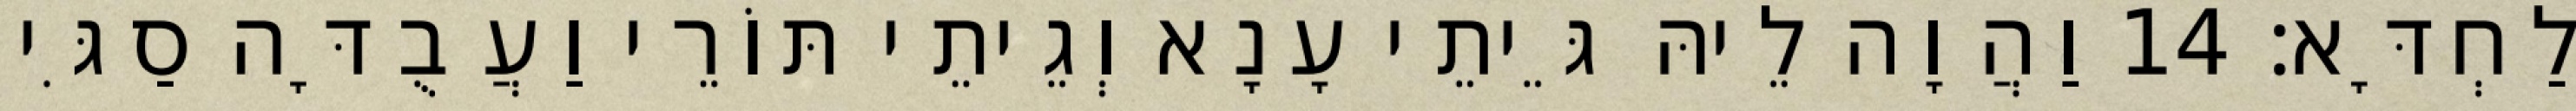
לַחְדָּא׃ 14 וַהֲוָה לֵיהּ גֵּיתֵי עָנָא וְגֵיתֵי תּוֹרֵי וַעֲבֻדָּה סַגִּי